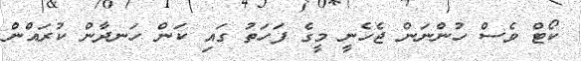
ކޯޓް ވެސް ހުންނަން ޖެހެނީ މީގެ ފަހަތު ގައި ކަން ހަނދާން ކުރައްން